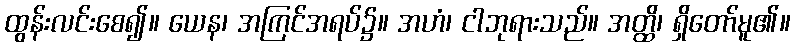
ထွန်းလင်းစေ၍။ ယေန၊ အကြင်အရပ်၌။ အဟံ၊ ငါဘုရားသည်။ အတ္ထိ၊ ရှိတော်မူ၏။